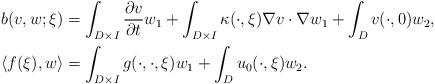
LaTeX: \begin{align*}&b(v,w;\xi) = \int_{D\times I} \frac{\partial v}{\partial t} w_1 + \int_{D\times I} \kappa(\cdot,\xi) \nabla v \cdot \nabla w_1 + \int_{D} v(\cdot,0) w_2 , \\&\langle f(\xi) , w \rangle = \int_{D\times I} g(\cdot,\cdot,\xi) w_1 + \int_D u_0(\cdot,\xi) w_2.\end{align*}